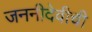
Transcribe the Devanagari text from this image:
जननीदेवीची